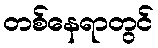
တစ်နေရာတွင်